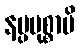
နပ္ပမုစ္စာမိ